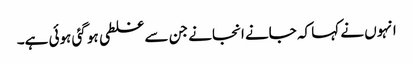
انہوں نے کہا کہ جانے انجانے جن سے غلطی ہو گئی ہوئی ہے۔